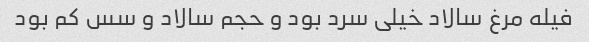
فیله مرغ سالاد خیلی سرد بود و حجم سالاد و سس کم بود